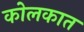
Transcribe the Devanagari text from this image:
कोलकात